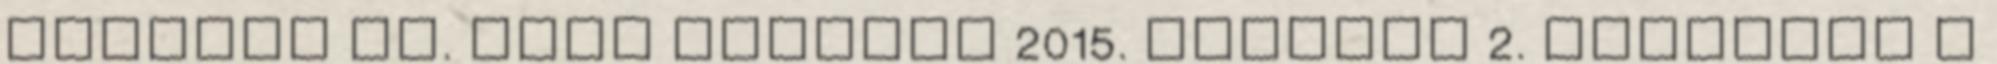
Kepesné dr. Bekő Borbála 2015. október 2. Budapest A